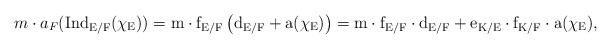
\begin{align*} m\cdot a_F(\rm{Ind}_{E/F}(\chi_E))=m\cdot f_{E/F}\left(d_{E/F}+a(\chi_E)\right)=m\cdot f_{E/F}\cdot d_{E/F}+e_{K/E}\cdot f_{K/F} \cdot a(\chi_E), \end{align*}